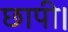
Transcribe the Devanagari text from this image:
छापी।